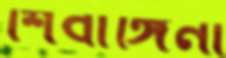
শিবাঙ্গিনী